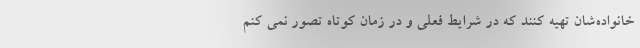
خانواده‌شان تهیه کنند که در شرایط فعلی و در زمان کوتاه تصور نمی کنم